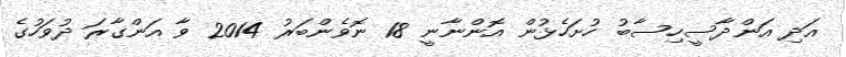
އަދި އަންދާސީހިސާބު ހުށަހެޅުން އޮންނާނީ 18 ނޮވެންބަރު 2014 ވާ އަންގާރަ ދުވަހުގެ